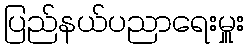
ပြည်နယ်ပညာရေးမှူး